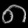
Digit: ၈